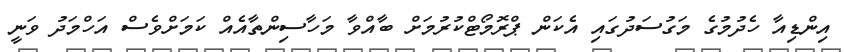
އިންޑިއާ ހެދުމުގެ މަގުސަދުގައި އެކަން ޕްރޮމޯޓްކުރުމަށް ބާއްވާ މަހާސިންތާއެއް ކަމަށްވެސް އަހްމަދު ވަނީ